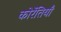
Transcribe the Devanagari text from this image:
कोरेंतियाँ